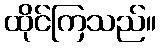
ထိုင်ကြသည်။